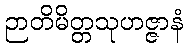
ဉာတိမိတ္တသုဟဇ္ဇာနံ